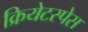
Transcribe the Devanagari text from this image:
क्रियेटस्पेस